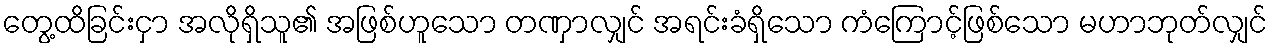
တွေ့ထိခြင်းငှာ အလိုရှိသူ၏ အဖြစ်ဟူသော တဏှာလျှင် အရင်းခံရှိသော ကံကြောင့်ဖြစ်သော မဟာဘုတ်လျှင်